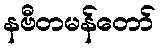
နဗီတမန်တော်